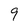
Character: 9